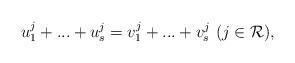
LaTeX: \begin{align*}u_1^j + ... + u_s^j = v_1^j + ... + v_s^j \ (j \in \mathcal{R} ),\end{align*}